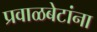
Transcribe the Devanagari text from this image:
प्रवाळबेटांना